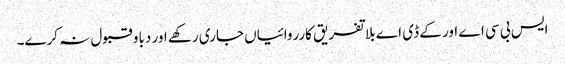
ایس بی سی اے اور کے ڈی اے بلا تفریق کارروائیاں جاری رکھے اور دباو قبول نہ کرے۔